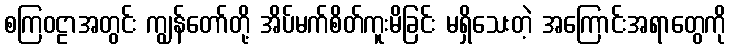
စကြဝဠာအတွင်း ကျွန်တော်တို့ အိပ်မက်စိတ်ကူးမိခြင်း မရှိသေးတဲ့ အကြောင်းအရာတွေကို